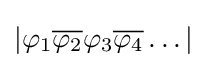
|\varphi _{1}{\overline {\varphi _{2}}}\varphi _{3}{\overline {\varphi _{4}}}\dots |